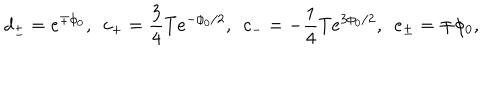
d _ { \pm } = e ^ { \mp \phi _ { 0 } } , \ \ c _ { + } = \frac { 3 } { 4 } T e ^ { - \phi _ { 0 } / 2 } , \ \ c _ { - } = - \frac { 1 } { 4 } T e ^ { 3 \phi _ { 0 } / 2 } , \ \ e _ { \pm } = \mp \phi _ { 0 } ,